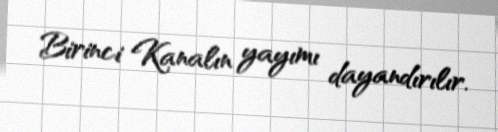
Birinci Kanalın yayımı dayandırılır.